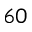
^ { 6 0 }